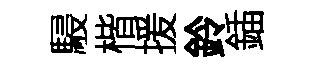
駸楷援鈴鍤